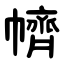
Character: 䶓